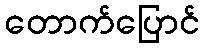
တောက်ပြောင်